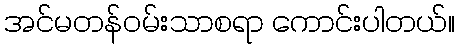
အင်မတန်ဝမ်းသာစရာ ကောင်းပါတယ်။